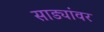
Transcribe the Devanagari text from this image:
साड्यांवर